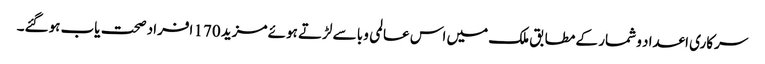
سرکاری اعداد و شمار کے مطابق ملک میں اس عالمی وبا سے لڑتے ہوئے مزید 170 افراد صحت یاب ہوگئے۔